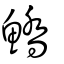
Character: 鱎